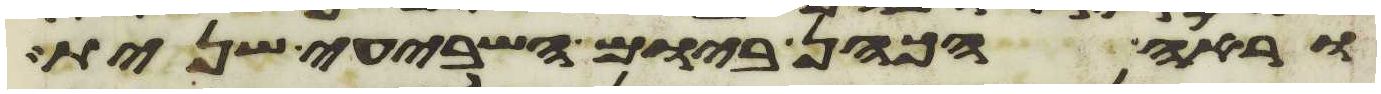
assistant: וראה הכהן ביום השביעי שנית